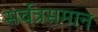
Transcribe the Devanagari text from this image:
सर्वत्रसमान